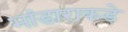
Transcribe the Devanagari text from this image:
भांडाराकडे